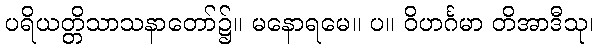
ပရိယတ္တိသာသနာတော်၌။ မနောရမေ။ ပ။ ဝိဟင်္ဂမာ တိအာဒီသု၊